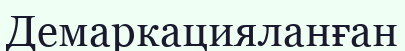
Демаркацияланған